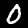
Label: 0